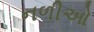
નળીઓ